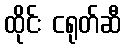
ထိုင်း ငရုတ်ဆီ